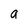
Character: a